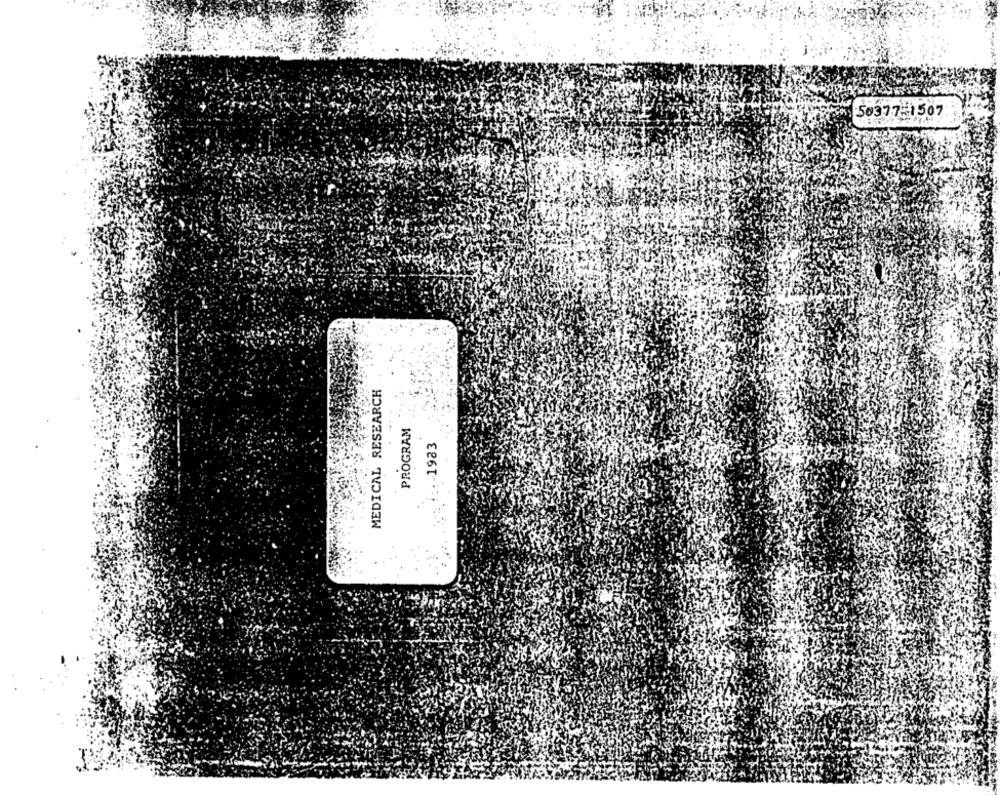
50377-1507
MEDICAL RESEARCH
PROGRAM
-1983